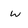
Character: w